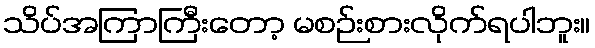
သိပ်အကြာကြီးတော့ မစဉ်းစားလိုက်ရပါဘူး။